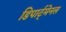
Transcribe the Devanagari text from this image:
डिपार्ट्मेनल